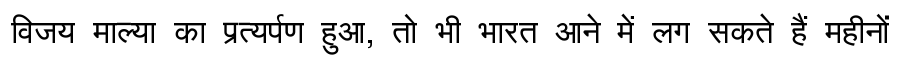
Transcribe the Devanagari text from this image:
विजय माल्या का प्रत्यर्पण हुआ, तो भी भारत आने में लग सकते हैं महीनों